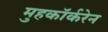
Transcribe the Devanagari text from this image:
मुहकॉर्करेन